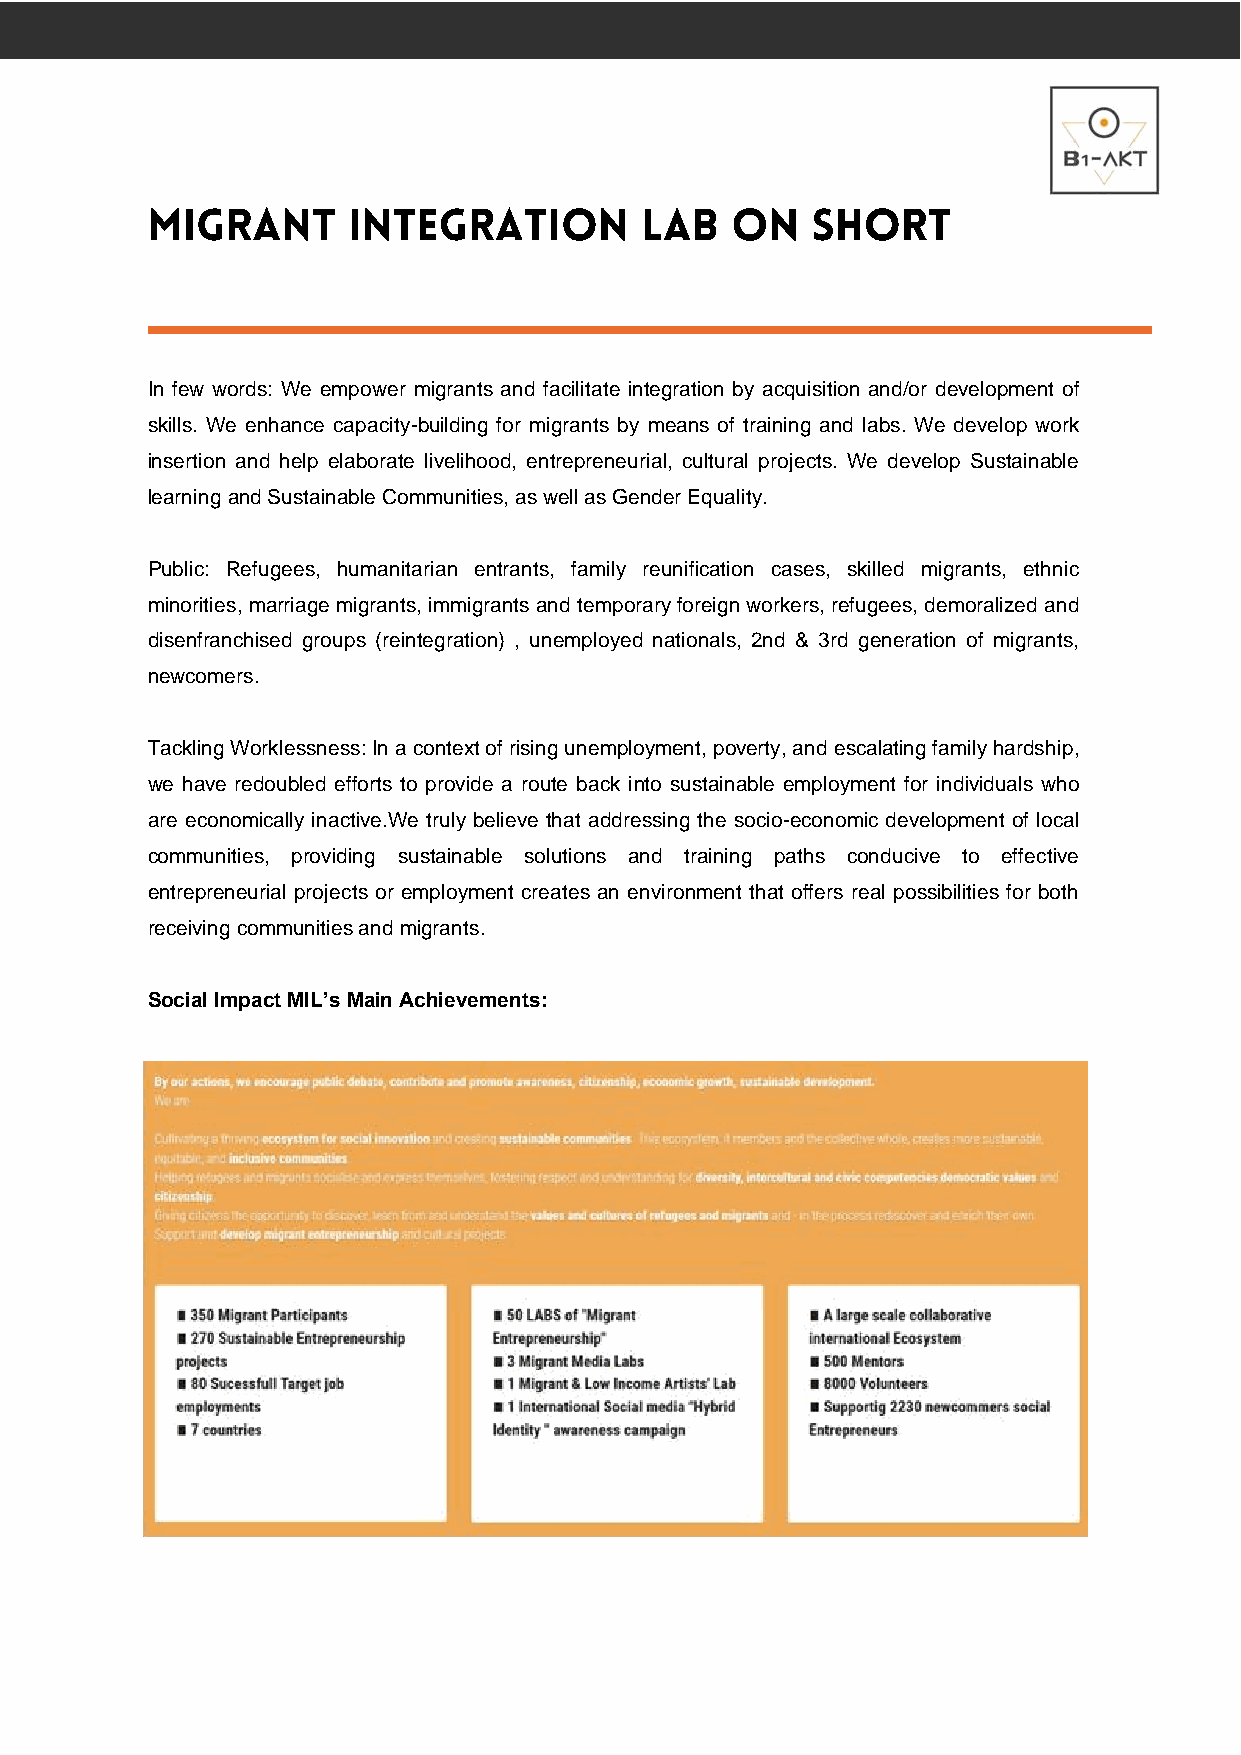
In few words: We empower migrants and facilitate integration by acquisition and/or development of
 skills. We enhance capacity-building for migrants by means of training and labs. We develop work
 insertion and help elaborate livelihood, entrepreneurial, cultural projects. We develop Sustainable
 learning and Sustainable Communities, as well as Gender Equality.
 Public: Refugees, humanitarian entrants, family reunification cases, skilled migrants, ethnic
 minorities, marriage migrants, immigrants and temporary foreign workers, refugees, demoralized and
 disenfranchised groups (reintegration) , unemployed nationals, 2nd & 3rd generation of migrants,
 newcomers.
 Tackling Worklessness: In a context of rising unemployment, poverty, and escalating family hardship,
 we have redoubled efforts to provide a route back into sustainable employment for individuals who
 are economically inactive.We truly believe that addressing the socio-economic development of local
 communities, providing sustainable solutions and training paths conducive to effective
 entrepreneurial projects or employment creates an environment that offers real possibilities for both
 receiving communities and migrants.
 Social Impact MIL’s Main Achievements: